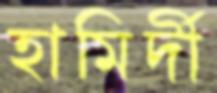
হামির্দী